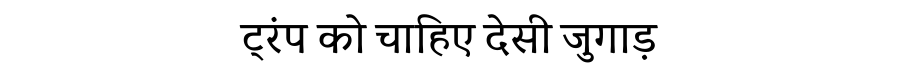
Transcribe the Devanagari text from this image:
ट्रंप को चाहिए देसी जुगाड़